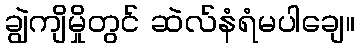
ချွဲကျိမှိုတွင် ဆဲလ်နံရံမပါချေ။